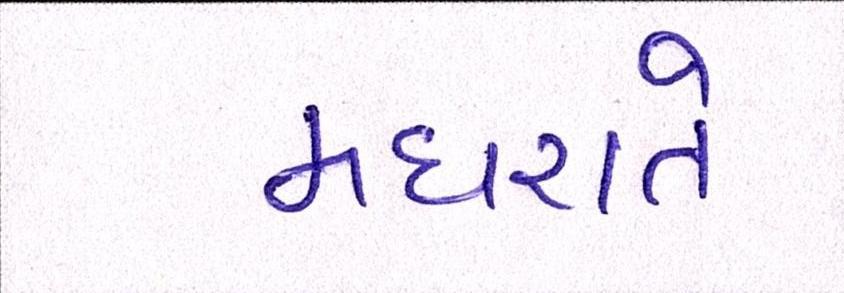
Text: મધરાતે